Lunatic asylums Burma 1907-21 - 1907-1921
Year: 1907
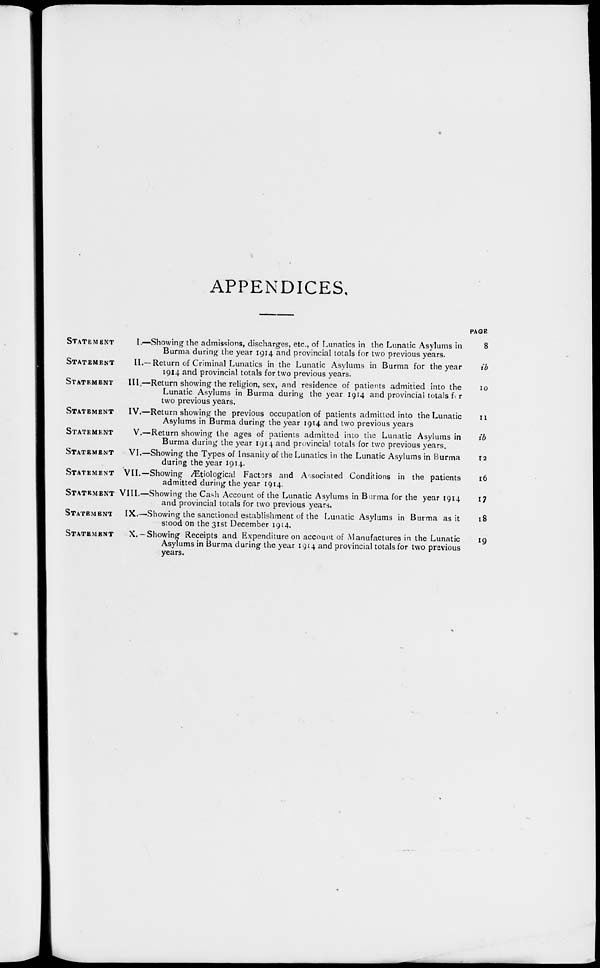
APPENDICES.
STATEMENT
I.—
STATEMENT II.—
STATEMENT III.—
STATEMENT IV.—
STATEMENT V.—
STATEMENT VI.—
STATEMENT VII.—
STATEMENT VIII.—
STATEMENT IX.—
STATEMENT X.—
Showing the admissions, discharges, etc., of Lunatics in the Lunatic Asylums in
Burma during the year 1914 and provincial totals for two previous years.
Return of Criminal Lunatics in the Lunatic Asylums in Burma for the year
1914 and provincial totals for two previous years.
Return showing the religion, sex, and residence of patients admitted into the
Lunatic Asylums in Burma during the year 1914 and provincial totals for
two previous years.
Return showing the previous occupation of patients admitted into the Lunatic
Asylums in Burma during the year 1914 and two previous years
Return showing the ages of patients admitted into the Lunatic Asylums in
Burma during the year 1914 and provincial totals for two previous years.
Showing the Types of Insanity of the Lunatics in the Lunatic Asylums in Burma
during the year 1914.
Showing Ætiological Factors and Associated Conditions in the patients
admitted during the year 1914.
Showing the Cash Account of the Lunatic Asylums in Burma for the year 1914
and provincial totals for two previous years.
Showing the sanctioned establishment of the Lunatic Asylums in Burma as it
stood on the 31st December 1914.
Showing Receipts and Expenditure on account of Manufactures in the Lunatic
Asylums in Burma during the year 1914 and provincial totals for two previous
years.
PAGE
8
ib
10
11
ib
12
16
17
18
19